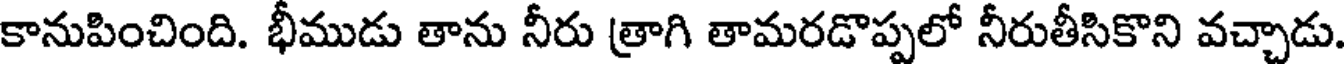
కానుపించింది. భీముడు తాను నీరు త్రాగి తామరడొప్పలో నీరుతీసికొని వచ్చాడు.